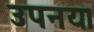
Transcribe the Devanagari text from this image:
उपनय।